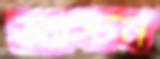
অ্যাস্টন